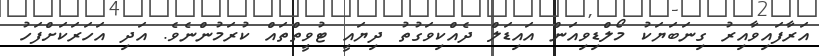
އަރާފައިވާއިރު ގިނަބަޔަކު މޯލްޑިވިއަން އައިޑަލް ދެއްކިވަގުތު ދިޔައީ ޓުވީތްތައް ކުރަމުންނެވެ. އަދި އަހަރަކަށްފަހު